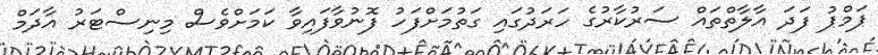
ޕަމްޕު ފަދަ އާލާތްތައް ސަރުކާރުގެ ހަރަދުގައި ގަތުމަށްފަހު ފޮނުވާފައިވާ ކަމަށްވެސް މިނިސްޓަރު އާދަމް